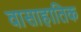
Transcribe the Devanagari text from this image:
वासाहातिक